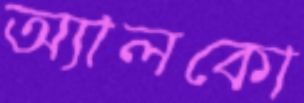
অ্যালকো